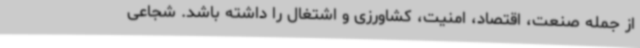
از جمله صنعت، اقتصاد، امنیت، کشاورزی و اشتغال را داشته باشد. شجاعی